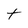
Character: t